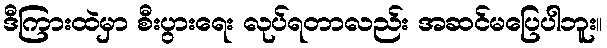
ဒီကြားထဲမှာ စီးပွားရေး လုပ်ရတာလည်း အဆင်မပြေပါဘူး။